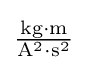
{\textstyle \mathrm {\frac {kg\cdot m}{A^{2}\cdot s^{2}}} }